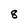
Character: 8